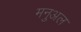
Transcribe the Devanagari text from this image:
मनुअल